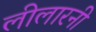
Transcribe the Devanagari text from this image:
लीलारनी